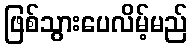
ဖြစ်သွားပေလိမ့်မည်